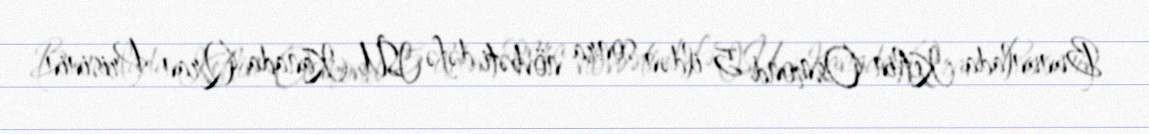
Bununlada Ketlin Osmond 5 ildən sonra növbəti dəfə ISU Kanada Qran-Prisinin